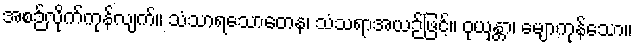
အစဉ်လိုက်ကုန်လျက်။ သံသာရသောတေန၊ သံသရာအယဉ်ဖြင့်။ ဝုယှန္တာ၊ မျောကုန်သော။